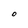
Character: O